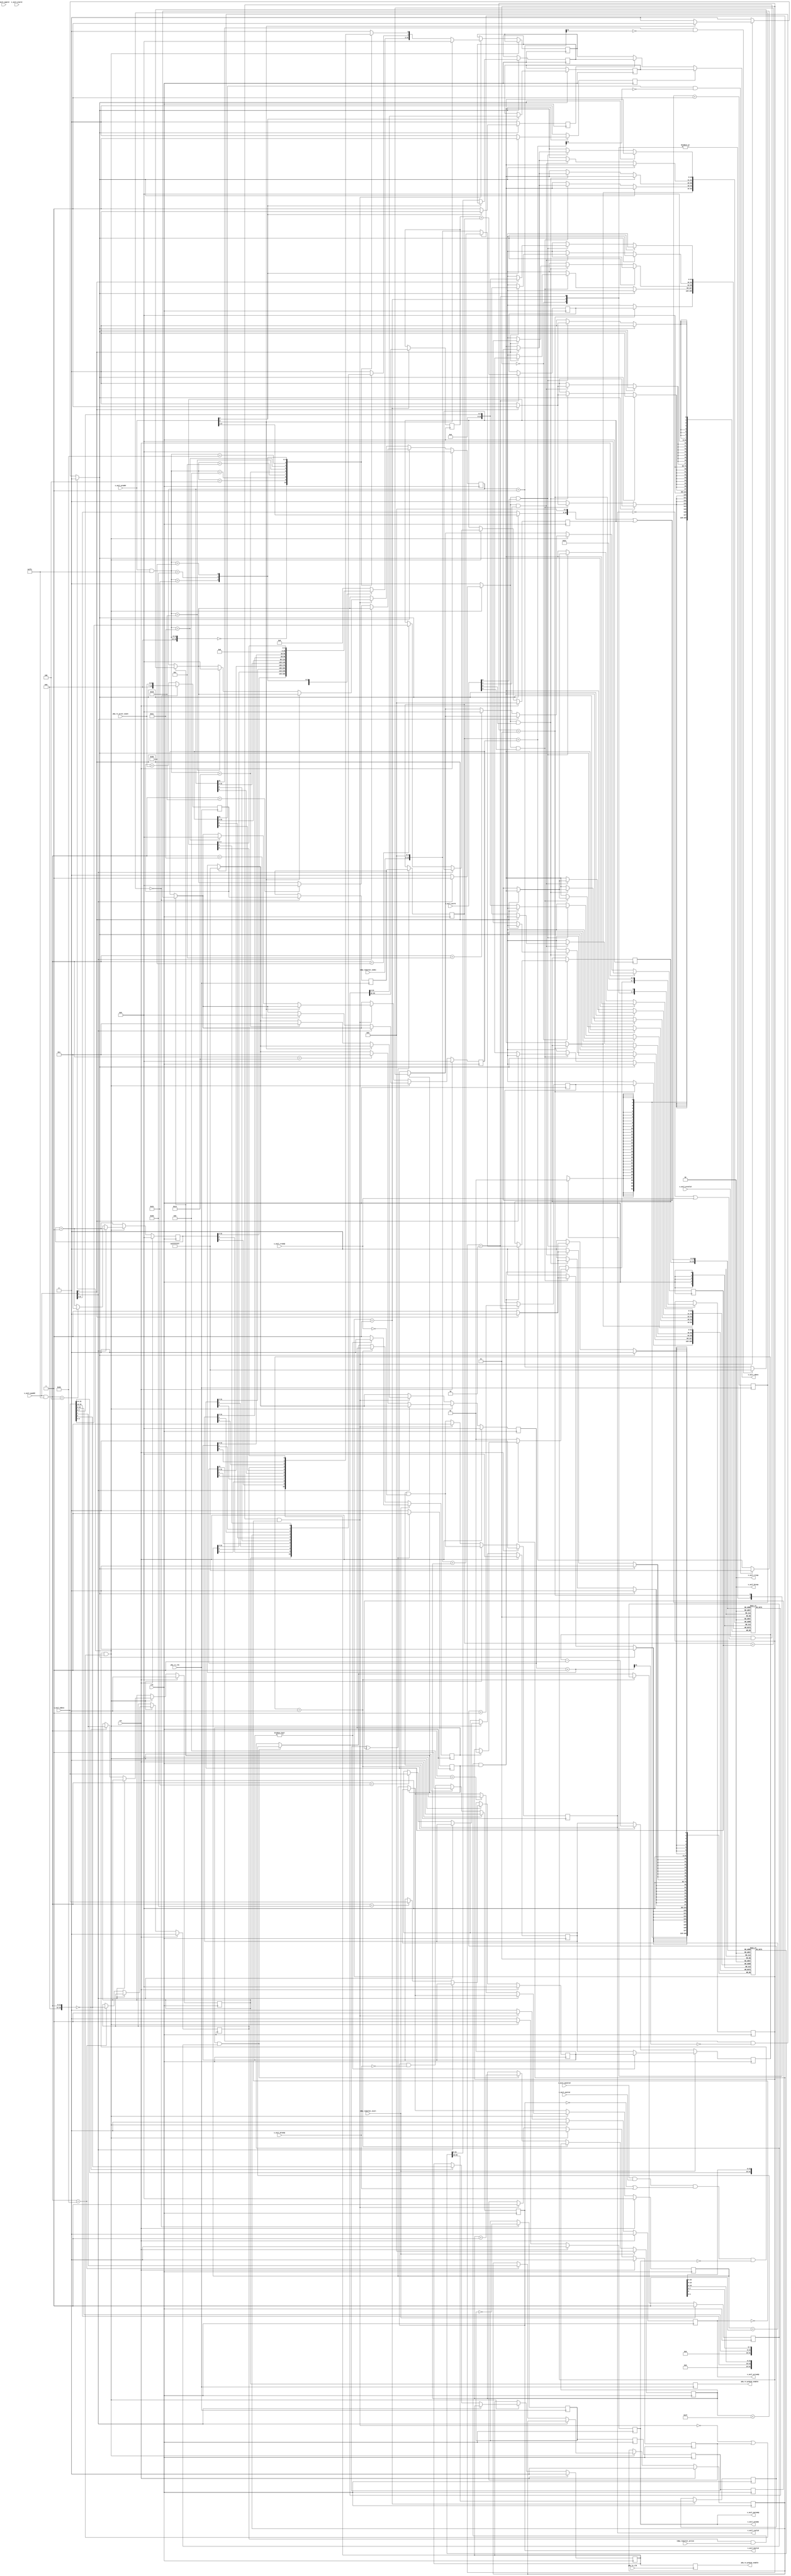
// SPDX-License-Identifier: BSD-2-Clause-Views
/*
 * Copyright (c) 2019-2023 The Regents of the University of California
 */

// Language: Verilog 2001

`resetall
`timescale 1ns / 1ps
`default_nettype none

/*
 * TDMA BER module
 */
module tdma_ber_ch #
(
    // Timeslot index width
    parameter INDEX_WIDTH = 6,
    // Slice index width
    parameter SLICE_WIDTH = 5,
    // Width of AXI lite data bus in bits
    parameter AXIL_DATA_WIDTH = 32,
    // Width of AXI lite address bus in bits
    parameter AXIL_ADDR_WIDTH = INDEX_WIDTH+4,
    // Width of AXI lite wstrb (width of data bus in words)
    parameter AXIL_STRB_WIDTH = (AXIL_DATA_WIDTH/8),
    // pipeline stages on PHY interface ports
    parameter PHY_PIPELINE = 0
)
(
    input  wire                        clk,
    input  wire                        rst,

    /*
     * PHY connections
     */
    input  wire                        phy_tx_clk,
    input  wire                        phy_rx_clk,
    input  wire [6:0]                  phy_rx_error_count,
    output wire                        phy_tx_prbs31_enable,
    output wire                        phy_rx_prbs31_enable,

    /*
     * AXI-Lite slave interface
     */
    input  wire [AXIL_ADDR_WIDTH-1:0]  s_axil_awaddr,
    input  wire [2:0]                  s_axil_awprot,
    input  wire                        s_axil_awvalid,
    output wire                        s_axil_awready,
    input  wire [AXIL_DATA_WIDTH-1:0]  s_axil_wdata,
    input  wire [AXIL_STRB_WIDTH-1:0]  s_axil_wstrb,
    input  wire                        s_axil_wvalid,
    output wire                        s_axil_wready,
    output wire [1:0]                  s_axil_bresp,
    output wire                        s_axil_bvalid,
    input  wire                        s_axil_bready,
    input  wire [AXIL_ADDR_WIDTH-1:0]  s_axil_araddr,
    input  wire [2:0]                  s_axil_arprot,
    input  wire                        s_axil_arvalid,
    output wire                        s_axil_arready,
    output wire [AXIL_DATA_WIDTH-1:0]  s_axil_rdata,
    output wire [1:0]                  s_axil_rresp,
    output wire                        s_axil_rvalid,
    input  wire                        s_axil_rready,

    /*
     * TDMA schedule
     */
    input  wire [INDEX_WIDTH-1:0]      tdma_timeslot_index,
    input  wire                        tdma_timeslot_start,
    input  wire                        tdma_timeslot_active
);

parameter VALID_ADDR_WIDTH = AXIL_ADDR_WIDTH - $clog2(AXIL_STRB_WIDTH);
parameter WORD_WIDTH = AXIL_STRB_WIDTH;
parameter WORD_SIZE = AXIL_DATA_WIDTH/WORD_WIDTH;

// check configuration
initial begin
    if (AXIL_ADDR_WIDTH < INDEX_WIDTH+4) begin
        $error("Error: AXI address width too narrow (instance %m)");
        $finish;
    end

    if (AXIL_DATA_WIDTH != 32) begin
        $error("Error: AXI data width must be 32 (instance %m)");
        $finish;
    end

    if (AXIL_STRB_WIDTH * 8 != AXIL_DATA_WIDTH) begin
        $error("Error: Interface requires byte (8-bit) granularity (instance %m)");
        $finish;
    end
end

reg tx_prbs31_enable_reg = 1'b0, tx_prbs31_enable_next;
reg rx_prbs31_enable_reg = 1'b0, rx_prbs31_enable_next;

// PHY TX BER interface
reg phy_tx_prbs31_enable_reg = 1'b0;
reg [PHY_PIPELINE-1:0] phy_tx_prbs31_enable_pipe_reg = 0;

always @(posedge phy_tx_clk) begin
    phy_tx_prbs31_enable_reg <= tx_prbs31_enable_reg;
    phy_tx_prbs31_enable_pipe_reg <= {phy_tx_prbs31_enable_pipe_reg, phy_tx_prbs31_enable_reg};
end

assign phy_tx_prbs31_enable = PHY_PIPELINE ? phy_tx_prbs31_enable_pipe_reg[PHY_PIPELINE-1] : phy_tx_prbs31_enable_reg;

// PHY RX BER interface
reg phy_rx_prbs31_enable_reg = 1'b0;
reg [PHY_PIPELINE-1:0] phy_rx_prbs31_enable_pipe_reg = 0;
reg [PHY_PIPELINE*7-1:0] phy_rx_error_count_pipe_reg = 0;

// accumulate errors, dump every 16 cycles
reg [10:0] phy_rx_error_count_reg = 0;
reg [10:0] phy_rx_error_count_acc_reg = 0;
reg [3:0] phy_rx_count_reg = 4'd0;
reg phy_rx_flag_reg = 1'b0;

always @(posedge phy_rx_clk) begin
    phy_rx_prbs31_enable_reg <= rx_prbs31_enable_reg;
    phy_rx_prbs31_enable_pipe_reg <= {phy_rx_prbs31_enable_pipe_reg, phy_rx_prbs31_enable_reg};
    phy_rx_error_count_pipe_reg <= {phy_rx_error_count_pipe_reg, phy_rx_error_count};

    phy_rx_count_reg <= phy_rx_count_reg + 1;

    if (phy_rx_count_reg == 0) begin
        phy_rx_error_count_reg <= phy_rx_error_count_acc_reg;
        phy_rx_error_count_acc_reg <= PHY_PIPELINE ? phy_rx_error_count_pipe_reg[(PHY_PIPELINE-1)*7 +: 7] : phy_rx_error_count;
        phy_rx_flag_reg <= !phy_rx_flag_reg;
    end else begin
        phy_rx_error_count_acc_reg <= phy_rx_error_count_acc_reg + (PHY_PIPELINE ? phy_rx_error_count_pipe_reg[(PHY_PIPELINE-1)*7 +: 7] : phy_rx_error_count);
    end
end

assign phy_rx_prbs31_enable = PHY_PIPELINE ? phy_rx_prbs31_enable_pipe_reg[PHY_PIPELINE-1] : phy_rx_prbs31_enable_reg;

// synchronize dumped counts to control clock domain
reg rx_flag_sync_reg_1 = 1'b0;
reg rx_flag_sync_reg_2 = 1'b0;
reg rx_flag_sync_reg_3 = 1'b0;

always @(posedge clk) begin
    rx_flag_sync_reg_1 <= phy_rx_flag_reg;
    rx_flag_sync_reg_2 <= rx_flag_sync_reg_1;
    rx_flag_sync_reg_3 <= rx_flag_sync_reg_2;
end

reg [31:0] cycle_count_reg = 32'd0, cycle_count_next;
reg [31:0] update_count_reg = 32'd0, update_count_next;
reg [31:0] rx_error_count_reg = 32'd0, rx_error_count_next;

reg [31:0] atomic_cycle_count_reg = 32'd0, atomic_cycle_count_next;
reg [31:0] atomic_update_count_reg = 32'd0, atomic_update_count_next;
reg [31:0] atomic_rx_error_count_reg = 32'd0, atomic_rx_error_count_next;

reg accumulate_enable_reg = 1'b0, accumulate_enable_next;
reg slice_enable_reg = 1'b0, slice_enable_next;

reg [31:0] slice_time_reg = 0, slice_time_next;
reg [31:0] slice_offset_reg = 0, slice_offset_next;

reg [SLICE_WIDTH-1:0] slice_select_reg = 0, slice_select_next;

reg error_count_mem_read_reg = 0;
reg [31:0] error_count_mem_read_data_reg = 0;
reg update_count_mem_read_reg = 0;
reg [31:0] update_count_mem_read_data_reg = 0;

reg [31:0] error_count_mem[(2**(INDEX_WIDTH+SLICE_WIDTH))-1:0];
reg [31:0] update_count_mem[(2**(INDEX_WIDTH+SLICE_WIDTH))-1:0];

integer i;

initial begin
    for (i = 0; i < 2**(INDEX_WIDTH+SLICE_WIDTH); i = i + 1) begin
        error_count_mem[i] = 0;
        update_count_mem[i] = 0;
    end
end

reg [10:0] phy_rx_error_count_sync_reg = 0;
reg phy_rx_error_count_sync_valid_reg = 1'b0;

always @(posedge clk) begin
    phy_rx_error_count_sync_valid_reg <= 1'b0;
    if (rx_flag_sync_reg_2 ^ rx_flag_sync_reg_3) begin
        phy_rx_error_count_sync_reg <= phy_rx_error_count_reg;
        phy_rx_error_count_sync_valid_reg <= 1'b1;
    end
end

reg slice_running_reg = 1'b0;
reg slice_active_reg = 1'b0;
reg [31:0] slice_count_reg = 0;
reg [SLICE_WIDTH-1:0] cur_slice_reg = 0;

reg [1:0] accumulate_state_reg = 0;
reg [31:0] rx_ts_update_count_read_reg = 0;
reg [31:0] rx_ts_error_count_read_reg = 0;
reg [31:0] rx_ts_update_count_reg = 0;
reg [31:0] rx_ts_error_count_reg = 0;
reg [INDEX_WIDTH+SLICE_WIDTH-1:0] index_reg = 0;

always @(posedge clk) begin
    if (tdma_timeslot_start) begin
        slice_running_reg <= 1'b1;
        if (slice_offset_reg) begin
            slice_active_reg <= 1'b0;
            slice_count_reg <= slice_offset_reg;
        end else begin
            slice_active_reg <= 1'b1;
            slice_count_reg <= slice_time_reg;
        end
        cur_slice_reg <= 0;
    end else if (slice_count_reg > 0) begin
        slice_count_reg <= slice_count_reg - 1;
    end else begin
        slice_count_reg <= slice_time_reg;
        slice_active_reg <= slice_running_reg;
        if (slice_active_reg && slice_running_reg) begin
            cur_slice_reg <= cur_slice_reg + 1;
            slice_running_reg <= cur_slice_reg < {SLICE_WIDTH{1'b1}};
            slice_active_reg <= cur_slice_reg < {SLICE_WIDTH{1'b1}};
        end
    end

    case (accumulate_state_reg)
        2'd0: begin
            if (accumulate_enable_reg && tdma_timeslot_active && phy_rx_error_count_sync_valid_reg) begin
                if (slice_enable_reg) begin
                    index_reg <= (tdma_timeslot_index << SLICE_WIDTH) + cur_slice_reg;
                    if (slice_active_reg) begin
                        accumulate_state_reg <= 2'd1;
                    end
                end else begin
                    index_reg <= (tdma_timeslot_index << SLICE_WIDTH);
                    accumulate_state_reg <= 2'd1;
                end
            end
        end
        2'd1: begin
            rx_ts_update_count_read_reg <= update_count_mem[index_reg];
            rx_ts_error_count_read_reg <= error_count_mem[index_reg];

            accumulate_state_reg <= 2'd2;
        end
        2'd2: begin
            rx_ts_error_count_reg <= rx_ts_error_count_read_reg + phy_rx_error_count_sync_reg;
            rx_ts_update_count_reg <= rx_ts_update_count_read_reg + 1;

            // if ((rx_ts_error_count_reg + inc_reg) >> 32) begin
            //     rx_ts_error_count_reg <= 32'hffffffff;
            // end else begin
            //     rx_ts_error_count_reg <= rx_ts_error_count_reg + inc_reg;
            // end

            // if ((rx_ts_update_count_reg + 1) >> 32) begin
            //     rx_ts_update_count_reg <= 32'hffffffff;
            // end else begin
            //     rx_ts_update_count_reg <= rx_ts_update_count_reg + 1;
            // end

            accumulate_state_reg <= 2'd3;
        end
        2'd3: begin
            update_count_mem[index_reg] <= rx_ts_update_count_reg;
            error_count_mem[index_reg] <= rx_ts_error_count_reg;

            accumulate_state_reg <= 2'd0;
        end
        default: begin
            accumulate_state_reg <= 2'd0;
        end
    endcase
end

// control registers
reg read_eligible;
reg write_eligible;

reg mem_wr_en;
reg mem_rd_en;

reg last_read_reg = 1'b0, last_read_next;

reg s_axil_awready_reg = 1'b0, s_axil_awready_next;
reg s_axil_wready_reg = 1'b0, s_axil_wready_next;
reg s_axil_bvalid_reg = 1'b0, s_axil_bvalid_next;
reg s_axil_arready_reg = 1'b0, s_axil_arready_next;
reg [AXIL_DATA_WIDTH-1:0] s_axil_rdata_reg = {AXIL_DATA_WIDTH{1'b0}}, s_axil_rdata_next;
reg s_axil_rvalid_reg = 1'b0, s_axil_rvalid_next;

assign s_axil_awready = s_axil_awready_reg;
assign s_axil_wready = s_axil_wready_reg;
assign s_axil_bresp = 2'b00;
assign s_axil_bvalid = s_axil_bvalid_reg;
assign s_axil_arready = s_axil_arready_reg;
assign s_axil_rdata = error_count_mem_read_reg ? error_count_mem_read_data_reg : (update_count_mem_read_reg ? update_count_mem_read_data_reg : s_axil_rdata_reg);
assign s_axil_rresp = 2'b00;
assign s_axil_rvalid = s_axil_rvalid_reg;

wire [INDEX_WIDTH+SLICE_WIDTH-1:0] axil_ram_addr = ((mem_rd_en ? s_axil_araddr[INDEX_WIDTH+1+2-1:1+2] : s_axil_awaddr[INDEX_WIDTH+1+2-1:1+2]) << SLICE_WIDTH) | slice_select_reg;

always @* begin
    mem_wr_en = 1'b0;
    mem_rd_en = 1'b0;

    last_read_next = last_read_reg;

    s_axil_awready_next = 1'b0;
    s_axil_wready_next = 1'b0;
    s_axil_bvalid_next = s_axil_bvalid_reg && !s_axil_bready;

    s_axil_arready_next = 1'b0;
    s_axil_rdata_next = s_axil_rdata_reg;
    s_axil_rvalid_next = s_axil_rvalid_reg && !s_axil_rready;

    cycle_count_next = cycle_count_reg + 1;

    update_count_next = update_count_reg;
    rx_error_count_next = rx_error_count_reg;
    if (phy_rx_error_count_sync_valid_reg) begin
        update_count_next = update_count_reg + 1;
        rx_error_count_next = phy_rx_error_count_sync_reg + rx_error_count_reg;
    end

    atomic_cycle_count_next = atomic_cycle_count_reg + 1;
    if (atomic_cycle_count_reg[31] && ~atomic_cycle_count_next[31]) begin
        atomic_cycle_count_next = 32'hffffffff;
    end

    atomic_update_count_next = atomic_update_count_reg;
    atomic_rx_error_count_next = atomic_rx_error_count_reg;
    if (phy_rx_error_count_sync_valid_reg) begin
        atomic_update_count_next = atomic_update_count_reg + 1;
        atomic_rx_error_count_next = phy_rx_error_count_sync_reg + atomic_rx_error_count_reg;

        // saturate
        if (atomic_update_count_reg[31] && ~atomic_update_count_next[31]) begin
            atomic_update_count_next = 32'hffffffff;
        end
        if (atomic_rx_error_count_reg[31] && ~atomic_rx_error_count_next[31]) begin
            atomic_rx_error_count_next = 32'hffffffff;
        end
    end

    accumulate_enable_next = accumulate_enable_reg;
    slice_enable_next = slice_enable_reg;

    slice_time_next = slice_time_reg;
    slice_offset_next = slice_offset_reg;

    slice_select_next = slice_select_reg;

    tx_prbs31_enable_next = tx_prbs31_enable_reg;
    rx_prbs31_enable_next = rx_prbs31_enable_reg;

    write_eligible = s_axil_awvalid && s_axil_wvalid && (!s_axil_bvalid || s_axil_bready) && (!s_axil_awready && !s_axil_wready);
    read_eligible = s_axil_arvalid && (!s_axil_rvalid || s_axil_rready) && (!s_axil_arready);

    if (write_eligible && (!read_eligible || last_read_reg)) begin
        last_read_next = 1'b0;

        s_axil_awready_next = 1'b1;
        s_axil_wready_next = 1'b1;
        s_axil_bvalid_next = 1'b1;

        if (s_axil_awaddr[INDEX_WIDTH+2+1+1-1]) begin
            mem_wr_en = 1'b1;
        end else begin
            case (s_axil_awaddr & ({AXIL_ADDR_WIDTH{1'b1}} << 2))
                16'h0000: begin
                    // control
                    tx_prbs31_enable_next = s_axil_wdata[0];
                    rx_prbs31_enable_next = s_axil_wdata[1];
                end
                16'h0004: begin
                    // cycle count
                    cycle_count_next = 1;
                end
                16'h0008: begin
                    // update count
                    update_count_next = 0;
                end
                16'h000C: begin
                    // error count
                    rx_error_count_next = 0;
                end
                16'h0014: begin
                    // cycle count
                    atomic_cycle_count_next = 1;
                end
                16'h0018: begin
                    // update count
                    atomic_update_count_next = 0;
                end
                16'h001C: begin
                    // error count
                    atomic_rx_error_count_next = 0;
                end
                16'h0020: begin
                    // control
                    accumulate_enable_next = s_axil_wdata[0];
                    slice_enable_next = s_axil_wdata[1];
                end
                16'h0024: begin
                    // slice time
                    slice_time_next = s_axil_wdata;
                end
                16'h0028: begin
                    // slice offset
                    slice_offset_next = s_axil_wdata;
                end
                16'h0030: begin
                    // slice select
                    slice_select_next = s_axil_wdata;
                end
            endcase
        end
    end else if (read_eligible) begin
        last_read_next = 1'b1;

        s_axil_arready_next = 1'b1;
        s_axil_rvalid_next = 1'b1;
        s_axil_rdata_next = {AXIL_DATA_WIDTH{1'b0}};

        if (s_axil_araddr[INDEX_WIDTH+2+1+1-1]) begin
            mem_rd_en = 1'b1;
        end else begin
            case (s_axil_araddr & ({AXIL_ADDR_WIDTH{1'b1}} << 2))
                16'h0000: begin
                    // control
                    s_axil_rdata_next[0] = tx_prbs31_enable_reg;
                    s_axil_rdata_next[1] = rx_prbs31_enable_reg;
                end
                16'h0004: begin
                    // cycle count
                    s_axil_rdata_next = cycle_count_reg;
                end
                16'h0008: begin
                    // update count
                    s_axil_rdata_next = update_count_reg;
                end
                16'h000C: begin
                    // error count
                    s_axil_rdata_next = rx_error_count_reg;
                end
                16'h0014: begin
                    // cycle count
                    s_axil_rdata_next = atomic_cycle_count_reg;
                    atomic_cycle_count_next = 1;
                end
                16'h0018: begin
                    // update count
                    s_axil_rdata_next = atomic_update_count_reg;
                    atomic_update_count_next = 0;
                end
                16'h001C: begin
                    // error count
                    s_axil_rdata_next = atomic_rx_error_count_reg;
                    atomic_rx_error_count_next = 0;
                end
                16'h0020: begin
                    // control
                    s_axil_rdata_next[0] = accumulate_enable_reg;
                    s_axil_rdata_next[1] = slice_enable_reg;
                end
                16'h0024: begin
                    // slice time
                    s_axil_rdata_next = slice_time_reg;
                end
                16'h0028: begin
                    // slice offset
                    s_axil_rdata_next = slice_offset_reg;
                end
                16'h0030: begin
                    // slice select
                    s_axil_rdata_next = slice_select_reg;
                end
            endcase
        end
    end
end

always @(posedge clk) begin
    if (rst) begin
        last_read_reg <= 1'b0;

        s_axil_awready_reg <= 1'b0;
        s_axil_wready_reg <= 1'b0;
        s_axil_bvalid_reg <= 1'b0;

        s_axil_arready_reg <= 1'b0;
        s_axil_rvalid_reg <= 1'b0;

        cycle_count_reg <= 32'd0;
        update_count_reg <= 32'd0;
        rx_error_count_reg <= 32'd0;

        atomic_cycle_count_reg <= 32'd0;
        atomic_update_count_reg <= 32'd0;
        atomic_rx_error_count_reg <= 32'd0;

        accumulate_enable_reg <= 1'b0;
        slice_enable_reg <= 1'b0;

        slice_time_reg <= 32'd0;
        slice_offset_reg <= 32'd0;

        slice_select_reg <= 0;

        tx_prbs31_enable_reg <= 1'b0;
        rx_prbs31_enable_reg <= 1'b0;
    end else begin
        last_read_reg <= last_read_next;

        s_axil_awready_reg <= s_axil_awready_next;
        s_axil_wready_reg <= s_axil_wready_next;
        s_axil_bvalid_reg <= s_axil_bvalid_next;

        s_axil_arready_reg <= s_axil_arready_next;
        s_axil_rvalid_reg <= s_axil_rvalid_next;

        cycle_count_reg <= cycle_count_next;
        update_count_reg <= update_count_next;
        rx_error_count_reg <= rx_error_count_next;

        atomic_cycle_count_reg <= atomic_cycle_count_next;
        atomic_update_count_reg <= atomic_update_count_next;
        atomic_rx_error_count_reg <= atomic_rx_error_count_next;

        accumulate_enable_reg <= accumulate_enable_next;
        slice_enable_reg <= slice_enable_next;

        slice_time_reg <= slice_time_next;
        slice_offset_reg <= slice_offset_next;

        slice_select_reg <= slice_select_next;

        tx_prbs31_enable_reg <= tx_prbs31_enable_next;
        rx_prbs31_enable_reg <= rx_prbs31_enable_next;
    end

    s_axil_rdata_reg <= s_axil_rdata_next;

    error_count_mem_read_reg <= 1'b0;
    update_count_mem_read_reg <= 1'b0;

    if (mem_rd_en) begin
        if (s_axil_araddr[2]) begin
            error_count_mem_read_data_reg <= error_count_mem[axil_ram_addr];
            error_count_mem_read_reg <= 1'b1;
        end else begin
            update_count_mem_read_data_reg <= update_count_mem[axil_ram_addr];
            update_count_mem_read_reg <= 1'b1;
        end
    end else begin
        for (i = 0; i < WORD_WIDTH; i = i + 1) begin
            if (mem_wr_en && s_axil_wstrb[i]) begin
                if (s_axil_awaddr[2]) begin
                    error_count_mem[axil_ram_addr][WORD_SIZE*i +: WORD_SIZE] <= s_axil_wdata[WORD_SIZE*i +: WORD_SIZE];
                end else begin
                    update_count_mem[axil_ram_addr][WORD_SIZE*i +: WORD_SIZE] <= s_axil_wdata[WORD_SIZE*i +: WORD_SIZE];
                end
            end
        end
    end
end

endmodule

`resetall